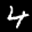
Label: 4